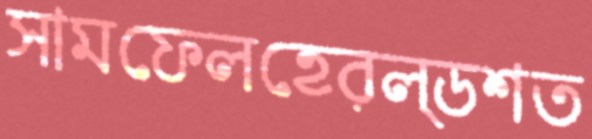
সামফেলহেরল্ডশত